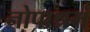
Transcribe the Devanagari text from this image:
नोपाश्रमं